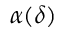
\alpha ( \delta )